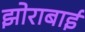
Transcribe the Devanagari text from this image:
झोराबाई